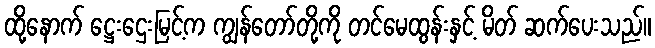
ထို့နောက် ဋ္ဌေးဌေးမြင့်က ကျွန်တော်တို့ကို တင်မေထွန်းနှင့် မိတ် ဆက်ပေးသည်။